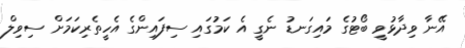
އޭނާ ވިދާޅުވީ ބޯޓުގެ މައިގަނޑު ނެގީ އެ ކަމުގައި ސިފައިންގެ އެހީތެރިކަމަށް ސިވިލް